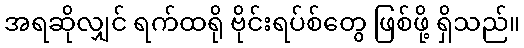
အရဆိုလျှင် ရက်ထရို ဗိုင်းရပ်စ်တွေ ဖြစ်ဖို့ ရှိသည်။